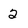
Character: 2